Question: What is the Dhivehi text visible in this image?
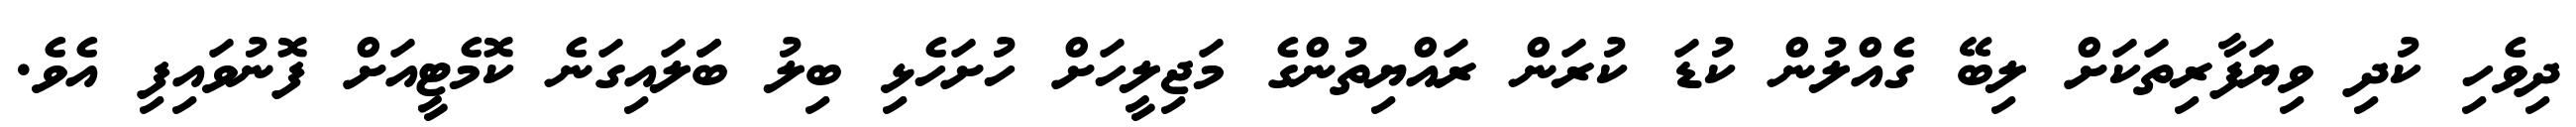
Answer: ދިވެހި ކުދި ވިޔަފާރިތަކަށް ލިބޭ ގެއްލުން ކުޑަ ކުރަން ރައްޔިތުންގެ މަޖިލީހަށް ހުށަހެޅި ބިލު ބަަލައިގަނެ ކޮމެޓީއަށް ފޮނުވައިފި އެވެ.